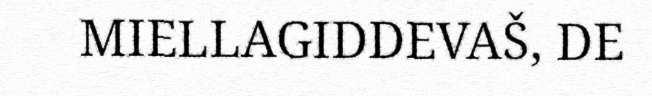
MIELLAGIDDEVAŠ, DE